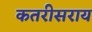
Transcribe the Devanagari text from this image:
कतरीसराय